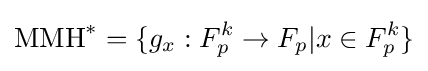
\mathrm {MMH} ^{*}=\{g_{x}:F_{p}^{k}\rightarrow F_{p}|x\in F_{p}^{k}\}